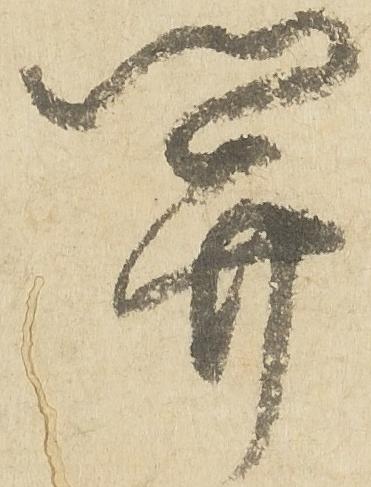
関